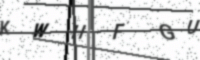
Text: KWHFGU